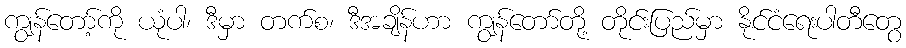
ကျွန်တော့်ကို ယုံပါ၊ ဒီမှာ တက်စ၊ ဒီအချိန်ဟာ ကျွန်တော်တို့ တိုင်းပြည်မှာ နိုင်ငံရေးပါတီတွေ